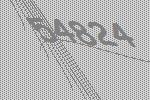
54824